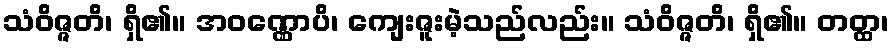
သံဝိဇ္ဇတိ၊ ရှိ၏။ အဝဏ္ဏောပိ၊ ကျေးဇူးမဲ့သည်လည်း။ သံဝိဇ္ဇတိ၊ ရှိ၏။ တတ္ထ၊